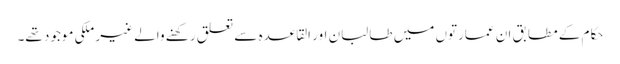
حکام کے مطابق ان عمارتوں میں طالبان اور القاعدہ سے تعلق رکھنے والے غیر ملکی موجود تھے۔